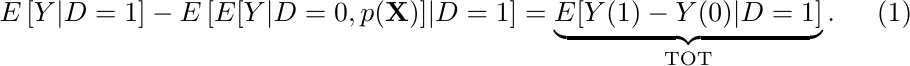
\begin{align}
E\left[Y|D=1\right]-E\left[E[Y|D=0,p(\mathbf{X})]|D=1\right] & =\underbrace{E[Y(1)-Y(0)|D=1]}_{\text{TOT}}.\label{eq:static_identification}
\end{align}